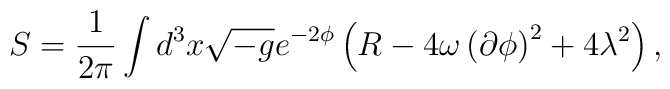
S=\frac{1}{2\pi} \int d^3x \sqrt{-g} e^{-2\phi}  \left( R - 4 \omega \left( \partial \phi \right)^2           + 4 \lambda^2  \right),